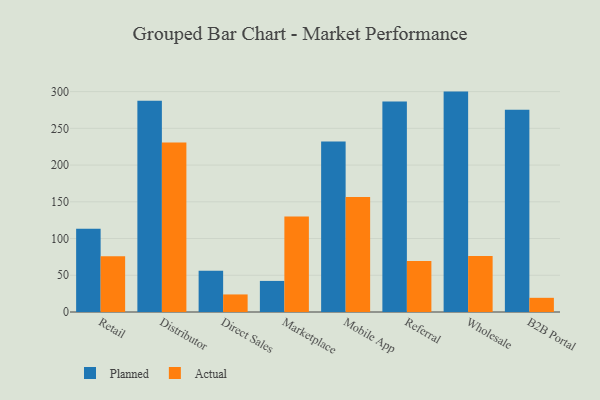
{"axis": {"x": "Channel", "y": "Production Output"}, "legend": ["Actual", "Planned"], "data": [{"x": "Retail", "y": 113.4, "type": "Planned"}, {"x": "Retail", "y": 75.8, "type": "Actual"}, {"x": "Distributor", "y": 287.7, "type": "Planned"}, {"x": "Distributor", "y": 230.7, "type": "Actual"}, {"x": "Direct Sales", "y": 56.3, "type": "Planned"}, {"x": "Direct Sales", "y": 23.9, "type": "Actual"}, {"x": "Marketplace", "y": 42.3, "type": "Planned"}, {"x": "Marketplace", "y": 129.9, "type": "Actual"}, {"x": "Mobile App", "y": 232.1, "type": "Planned"}, {"x": "Mobile App", "y": 156.7, "type": "Actual"}, {"x": "Referral", "y": 286.4, "type": "Planned"}, {"x": "Referral", "y": 69.4, "type": "Actual"}, {"x": "Wholesale", "y": 300.0, "type": "Planned"}, {"x": "Wholesale", "y": 76.3, "type": "Actual"}, {"x": "B2B Portal", "y": 275.2, "type": "Planned"}, {"x": "B2B Portal", "y": 19.3, "type": "Actual"}]}